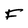
Character: F